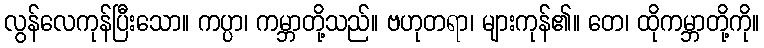
လွန်လေကုန်ပြီးသော။ ကပ္ပာ၊ ကမ္ဘာတို့သည်။ ဗဟုတရာ၊ များကုန်၏။ တေ၊ ထိုကမ္ဘာတို့ကို။